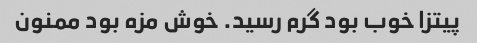
پیتزا خوب بود گرم رسید. خوش مزه بود ممنون